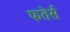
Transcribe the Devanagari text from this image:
फतेर्स